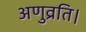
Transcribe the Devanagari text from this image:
अणुव्रति।